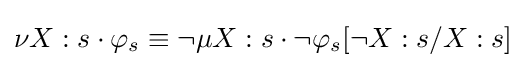
\nu X:s\cdot \varphi _{s}\equiv \neg \mu X:s\cdot \neg \varphi _{s}[\neg X:s/X:s]